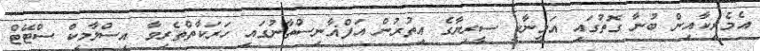
އެމެރިކާއިން ބުނާ ގޮތުގައި އަމީނާކީ ސީރިޔާގެ އިތުރުން އަފްޣާނިސްތާނުގައި ހަރަކާތްތެރިވާ އިސްލާމިކް ސްޓޭޓް